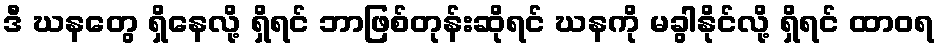
ဒီ ဃနတွေ ရှိနေလို့ ရှိရင် ဘာဖြစ်တုန်းဆိုရင် ဃနကို မခွါနိုင်လို့ ရှိရင် ထာဝရ